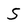
Character: 5